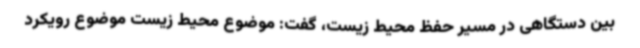
بین دستگاهی در مسیر حفظ محیط زیست، گفت: موضوع محیط زیست موضوع رویکرد